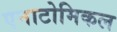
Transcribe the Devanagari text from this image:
एनाटोमिकल